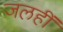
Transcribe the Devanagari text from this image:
जलहीं